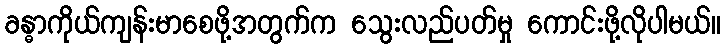
ခန္ဓာကိုယ်ကျန်းမာစေဖို့အတွက်က သွေးလည်ပတ်မှု ကောင်းဖို့လိုပါမယ်။